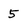
Character: 5